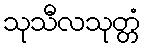
သုသီလသုတ္တံ